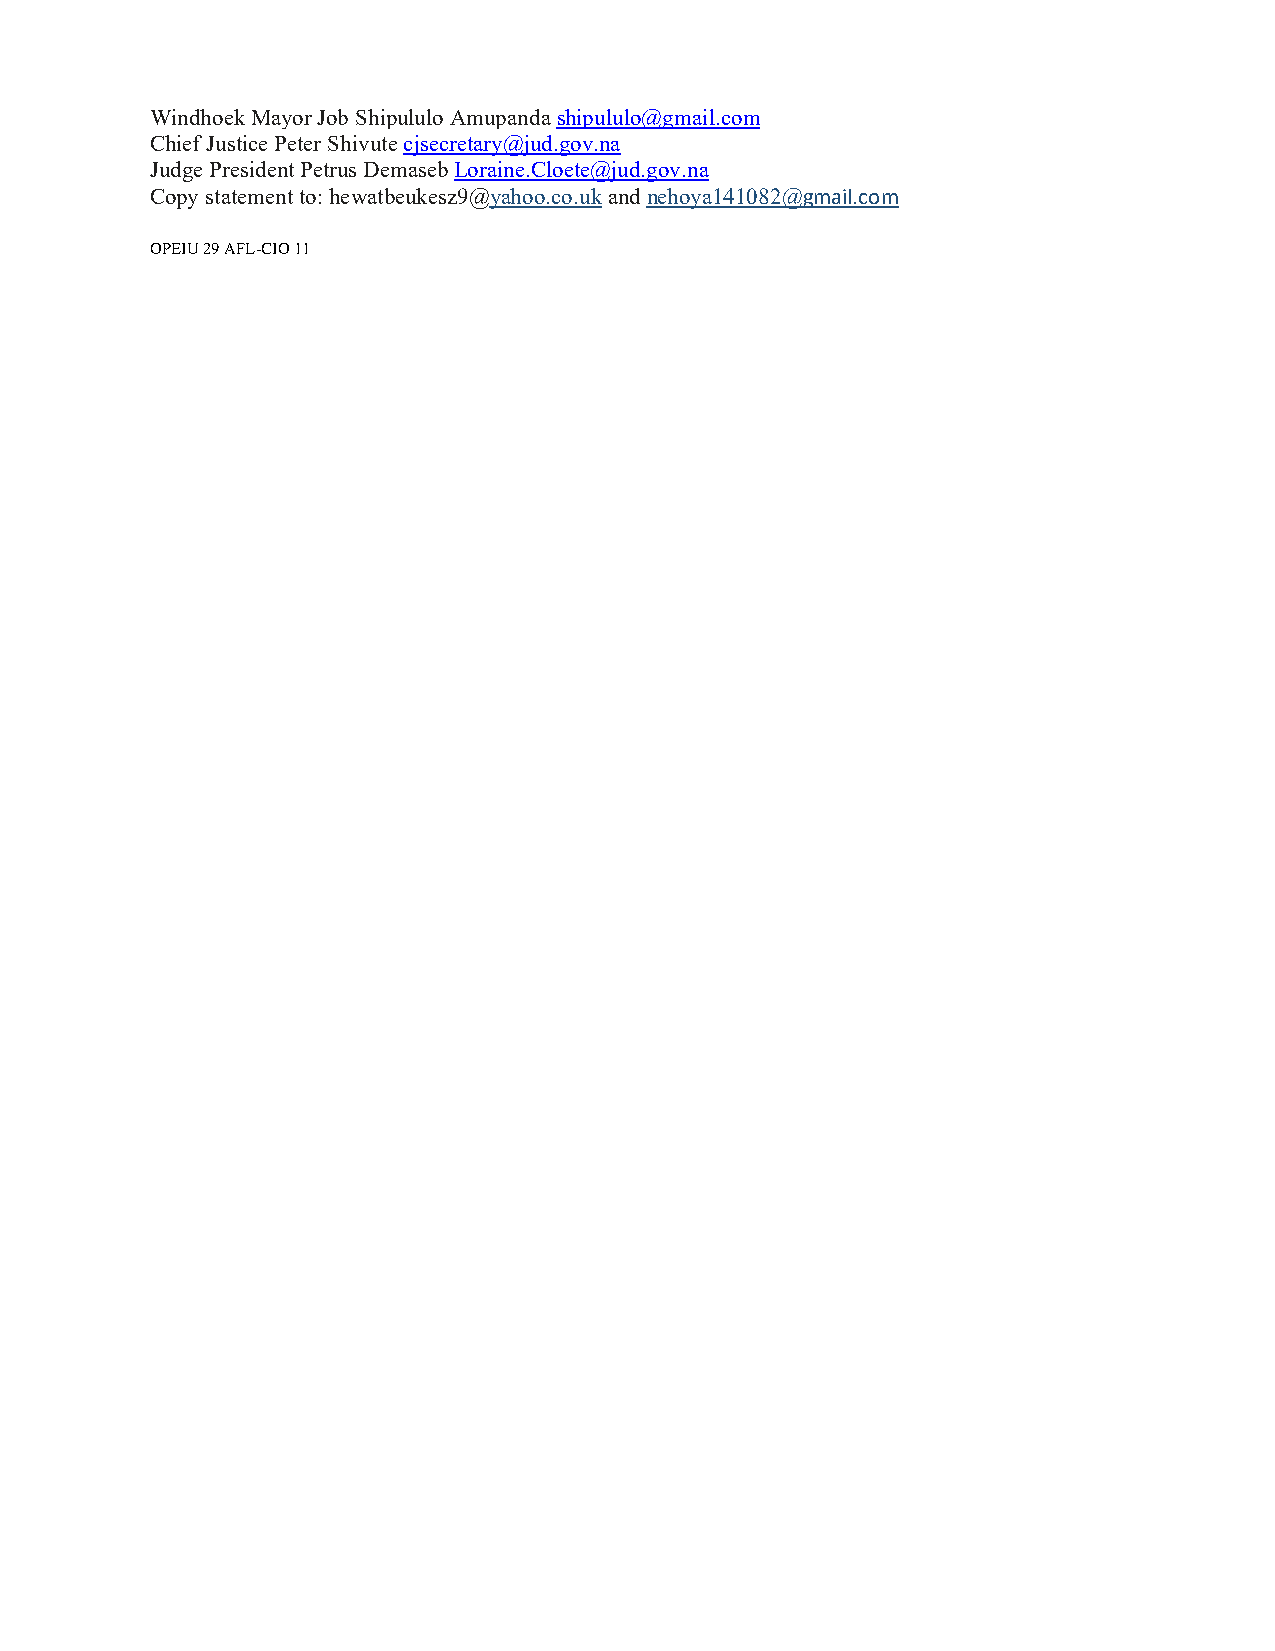
Windhoek Mayor Job Shipululo Amupanda shipululo@gmail.com
 Chief Justice Peter Shivute cjsecretary@jud.gov.na
 Judge President Petrus Demaseb Loraine.Cloete@jud.gov.na
 Copy statement to: hewatbeukesz9@yahoo.co.uk and nehoya141082@gmail.com
 OPEIU 29 AFL-CIO 11